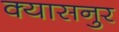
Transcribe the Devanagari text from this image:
क्यासनुर